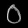
Digit: ၀